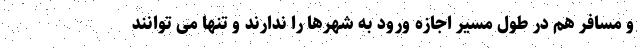
و مسافر هم در طول مسیر اجازه ورود به شهرها را ندارند و تنها می توانند